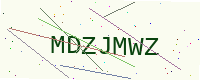
Text: MDZJMWZ